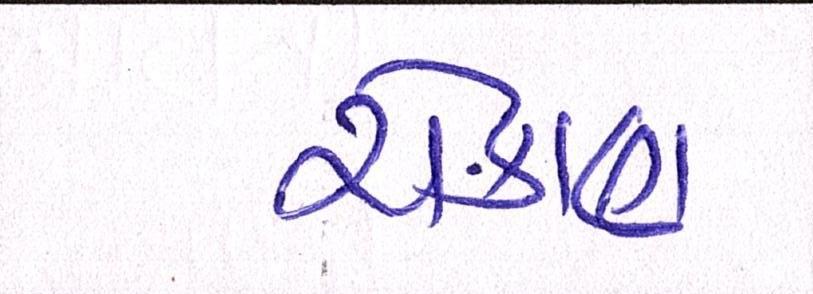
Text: રોકાણ